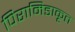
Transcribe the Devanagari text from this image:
पिरामिडाकृत